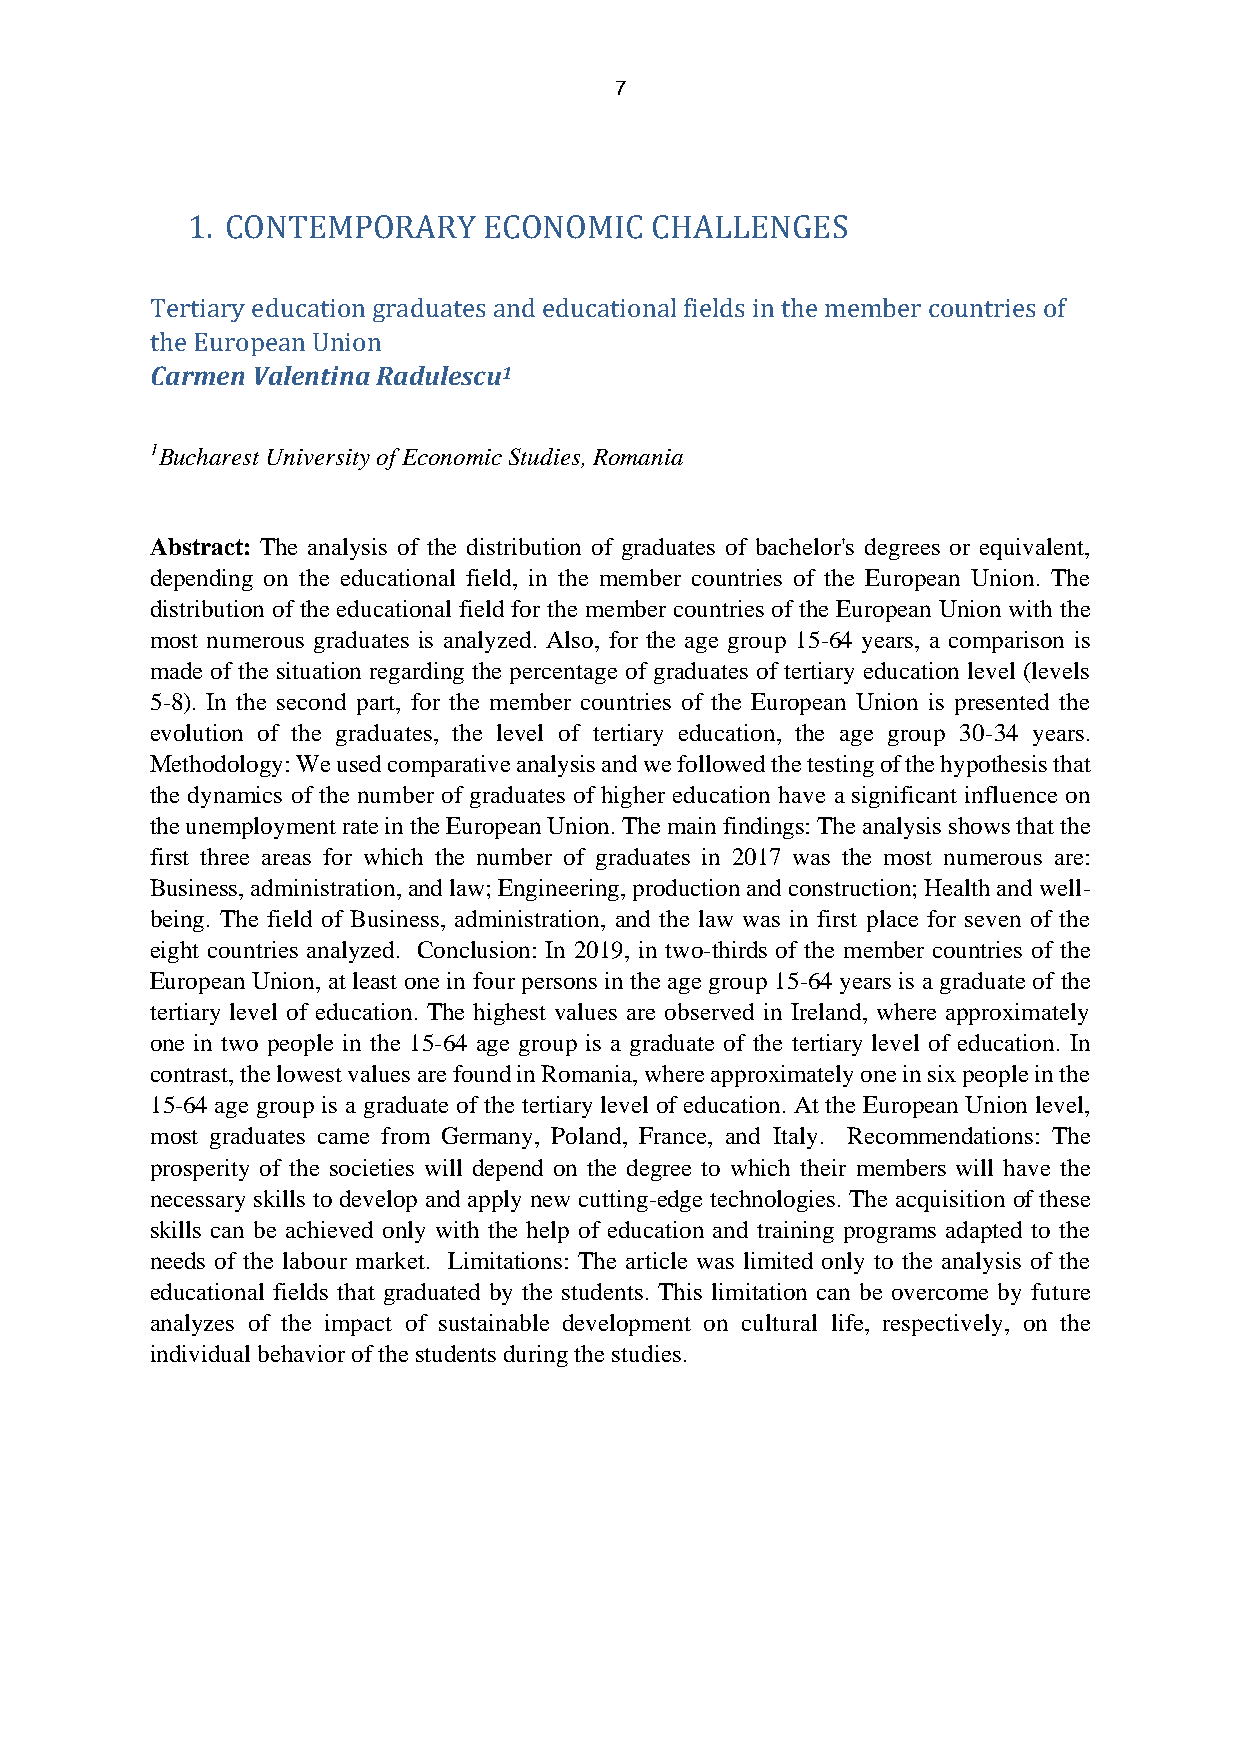
7
 1. CONTEMPORARY     ECONOMIC   CHALLENGES
 Tertiary education graduates and educational fields in the member countries of
 the European Union
 Carmen Valentina Radulescu1
 1Bucharest University of Economic Studies, Romania
 Abstract: The analysis of the distribution of graduates of bachelor's degrees or equivalent,
 depending on the educational field, in the member countries of the European Union. The
 distribution of the educational field for the member countries of the European Union with the
 most numerous graduates is analyzed. Also, for the age group 15-64 years, a comparison is
 made of the situation regarding the percentage of graduates of tertiary education level (levels
 5-8). In the second part, for the member countries of the European Union is presented the
 evolution of the graduates, the level of tertiary education, the age group 30-34 years.
 Methodology: We used comparative analysis and we followed the testing of the hypothesis that
 the dynamics of the number of graduates of higher education have a significant influence on
 the unemployment rate in the European Union. The main findings: The analysis shows that the
 first three areas for which the number of graduates in 2017 was the most numerous are:
 Business, administration, and law; Engineering, production and construction; Health and well-
 being. The field of Business, administration, and the law was in first place for seven of the
 eight countries analyzed. Conclusion: In 2019, in two-thirds of the member countries of the
 European Union, at least one in four persons in the age group 15-64 years is a graduate of the
 tertiary level of education. The highest values are observed in Ireland, where approximately
 one in two people in the 15-64 age group is a graduate of the tertiary level of education. In
 contrast, the lowest values are found in Romania, where approximately one in six people in the
 15-64 age group is a graduate of the tertiary level of education. At the European Union level,
 most graduates came from Germany, Poland, France, and Italy. Recommendations: The
 prosperity of the societies will depend on the degree to which their members will have the
 necessary skills to develop and apply new cutting-edge technologies. The acquisition of these
 skills can be achieved only with the help of education and training programs adapted to the
 needs of the labour market. Limitations: The article was limited only to the analysis of the
 educational fields that graduated by the students. This limitation can be overcome by future
 analyzes of the impact of sustainable development on cultural life, respectively, on the
 individual behavior of the students during the studies.